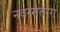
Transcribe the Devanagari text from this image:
नवरसतरंग